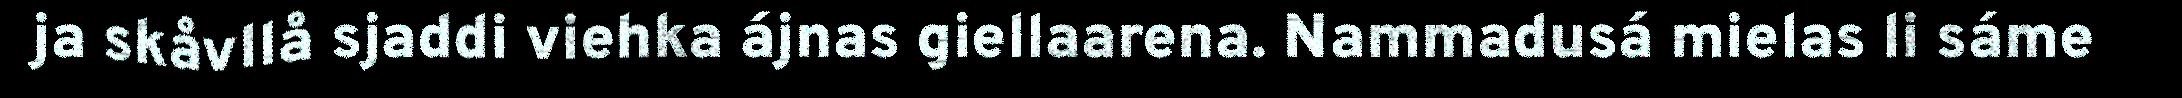
ja skåvllå sjaddi viehka ájnas giellaarena. Nammadusá mielas li sáme